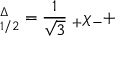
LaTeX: { \bf \psi } _ { 1 / 2 } ^ { \Delta } = \frac 1 { \sqrt { 3 } } { \bf \epsilon } _ { + } \chi _ { - } +